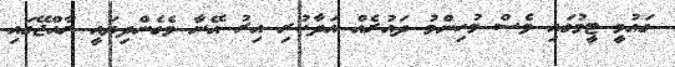
ގައުމީ ޓީމުގައި ވެސް މުހިންމު ދައުރެއް އަދާކުރި އިރު އޭނާ ވެގެންދިޔައީ ރާއްޖޭގައި